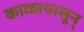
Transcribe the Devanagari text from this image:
काळापासून्